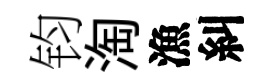
钧淘漁糾